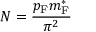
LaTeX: N = { \frac { p _ { \mathrm { { F } } } m _ { \mathrm { { F } } } ^ { * } } { \pi ^ { 2 } } }